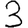
Digit: 3